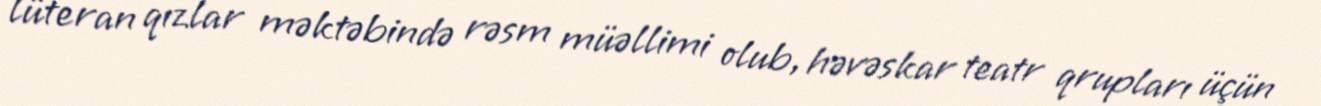
lüteran qızlar məktəbində rəsm müəllimi olub, həvəskar teatr qrupları üçün